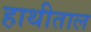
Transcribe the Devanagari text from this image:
हाथीताल